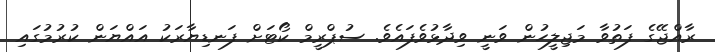
ރާއްޖޭގެ ފަތުވާ މަޖިލީހުން ވަނީ ވިދާޅުވެފައެވެ. ސުޕްރީމް ކޯޓަށް ފަނޑިޔާރަކު އައްޔަން ކުރުމުގައި